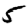
Digit: 5